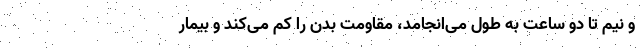
و نیم تا دو ساعت به طول می‌انجامد، مقاومت بدن را کم می‌کند و بیمار